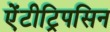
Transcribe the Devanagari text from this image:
ऐंटीट्रिपसिन